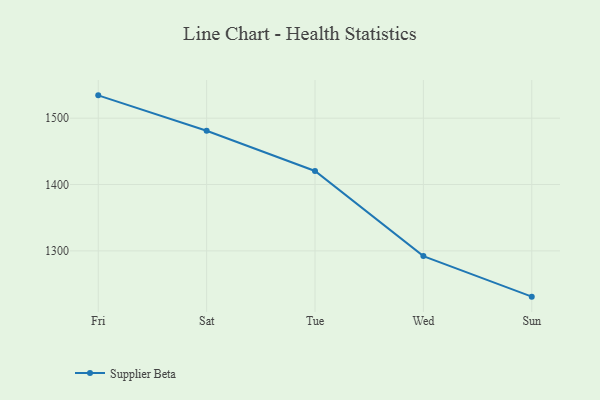
{"axis": {"x": "Day", "y": "Temperature (°C)"}, "legend": ["Supplier Beta"], "data": [{"x": "Fri", "y": 1534.4, "type": "Supplier Beta"}, {"x": "Sat", "y": 1481.0, "type": "Supplier Beta"}, {"x": "Tue", "y": 1420.4, "type": "Supplier Beta"}, {"x": "Wed", "y": 1292.1, "type": "Supplier Beta"}, {"x": "Sun", "y": 1231.0, "type": "Supplier Beta"}]}